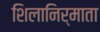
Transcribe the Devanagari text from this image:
शिलानिर्माता